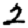
Digit: 2